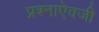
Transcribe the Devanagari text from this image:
प्रश्नाऐवजी